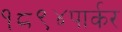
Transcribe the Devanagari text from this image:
१८९४पार्कर